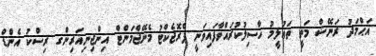
އަޙްމަދު ރަނޭޝް މަތީ ތަޢުލީމު ހާސިލުކުރައްވާފައިވަނީ ޕްރޮޖެކްޓު މެނޭޖްމަންޓް އިންޖިނިއަރިންގ ރިސްކު އެންޑް